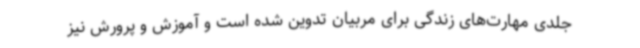
جلدی مهارت‌های زندگی برای مربیان تدوین شده است و آموزش و پرورش نیز